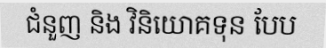
ជំនួញ និង វិនិយោគទុន បែប